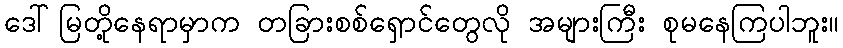
ဒေါ်မြတို့နေရာမှာက တခြားစစ်ရှောင်တွေလို အများကြီး စုမနေကြပါဘူး။